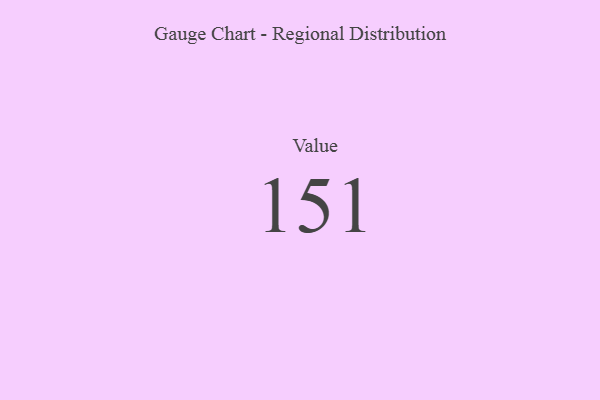
{"axis": {"x": "Metric", "y": "Value"}, "legend": [""], "data": [{"x": "Value", "y": 151, "type": ""}]}